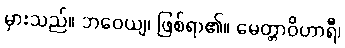
မှားသည်။ ဘဝေယျ၊ ဖြစ်ရာ၏။ မေတ္တာဝိဟာရီ၊